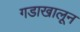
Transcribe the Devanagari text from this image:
गडाखालून